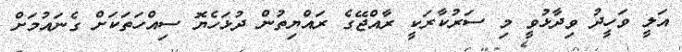
އަލީ ވަހީދު ވިދާޅުވީ މި ސަރުކާރަކީ ރާއްޖޭގެ ރައްޔިތުން ދުޅަހެޔޮ ސިއްހަތަކަށް ގެނައުމަށް